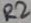
Text: R2